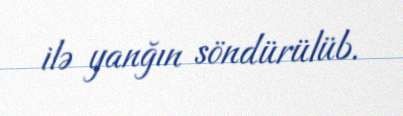
ilə yanğın söndürülüb.